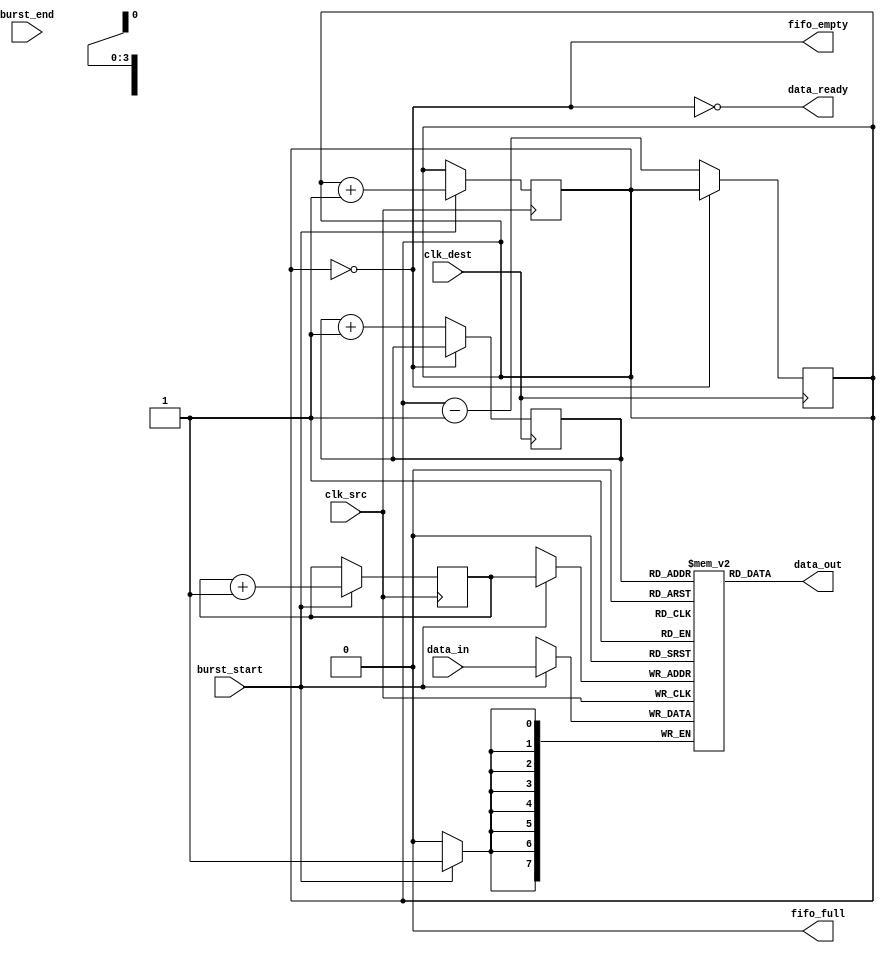
module burst_mode_synchronizer #(
    parameter DATA_WIDTH = 8,  // Width of the data bus
    parameter FIFO_DEPTH = 16   // Depth of the FIFO buffer
)(
    input wire clk_src,         // Source clock
    input wire clk_dest,        // Destination clock
    input wire [DATA_WIDTH-1:0] data_in,  // Data input from source
    input wire burst_start,      // Signal to indicate the start of a burst
    input wire burst_end,        // Signal to indicate the end of a burst
    output wire [DATA_WIDTH-1:0] data_out, // Data output to destination
    output wire data_ready,      // Signal to indicate data is ready to be read
    output wire fifo_full,       // FIFO full signal
    output wire fifo_empty       // FIFO empty signal
);

    // FIFO buffer implementation
    reg [DATA_WIDTH-1:0] fifo [0:FIFO_DEPTH-1];
    reg [3:0] write_ptr = 0;
    reg [3:0] read_ptr = 0;
    reg [3:0] count = 0;

    assign fifo_full = (count == FIFO_DEPTH);
    assign fifo_empty = (count == 0);
    assign data_ready = !fifo_empty;
    assign data_out = fifo[read_ptr];

    // Write logic for the FIFO buffer
    always @(posedge clk_src) begin
        if (burst_start) begin
            write_ptr <= 0;
            count <= 0;
        end
        
        if (!fifo_full && burst_start) begin
            fifo[write_ptr] <= data_in;
            write_ptr <= write_ptr + 1;
            count <= count + 1;
        end
    end

    // Read logic for the FIFO buffer
    always @(posedge clk_dest) begin
        if (!fifo_empty) begin
            read_ptr <= read_ptr + 1;
            count <= count - 1;
        end
    end

    // Synchronization logic for control signals
    reg burst_start_sync1, burst_start_sync2;
    reg burst_end_sync1, burst_end_sync2;

    always @(posedge clk_dest) begin
        burst_start_sync1 <= burst_start;
        burst_start_sync2 <= burst_start_sync1;

        burst_end_sync1 <= burst_end;
        burst_end_sync2 <= burst_end_sync1;
    end

    // Logic to handle burst end
    always @(posedge clk_src) begin
        if (burst_end_sync2) begin
            // Logic to handle burst end (if needed)
        end
    end

endmodule